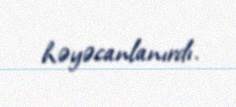
həyəcanlanırdı.